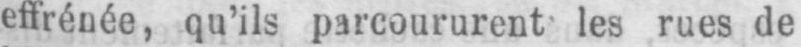
effrénée, qu’ils parcoururent les rues de